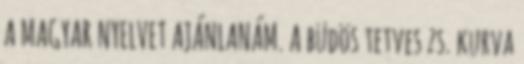
A MAGYAR NYELVET AJÁNLANÁM. A büdös tetves zs. kurva